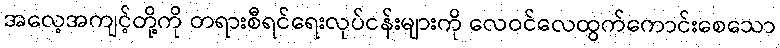
အလေ့အကျင့်တို့ကို တရားစီရင်ရေးလုပ်ငန်းများကို လေဝင်လေထွက်ကောင်းစေသော